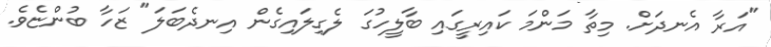
"އަރާ އެނދަށް. މިތާ މަންމަ ކައިރީގައި ބާލީހުގަ ލެގިލައިގެން އިނދެބަލަ" ޒަހާ ބުންޏެވެ.